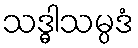
သဒ္ဓါသမ္ပဒံ